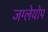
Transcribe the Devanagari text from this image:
जग्लेयोप